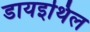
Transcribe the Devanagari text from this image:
डायइथिल